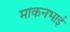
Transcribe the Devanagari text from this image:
माकनभाई